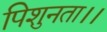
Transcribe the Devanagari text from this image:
पिशुनता।।